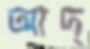
আদ্